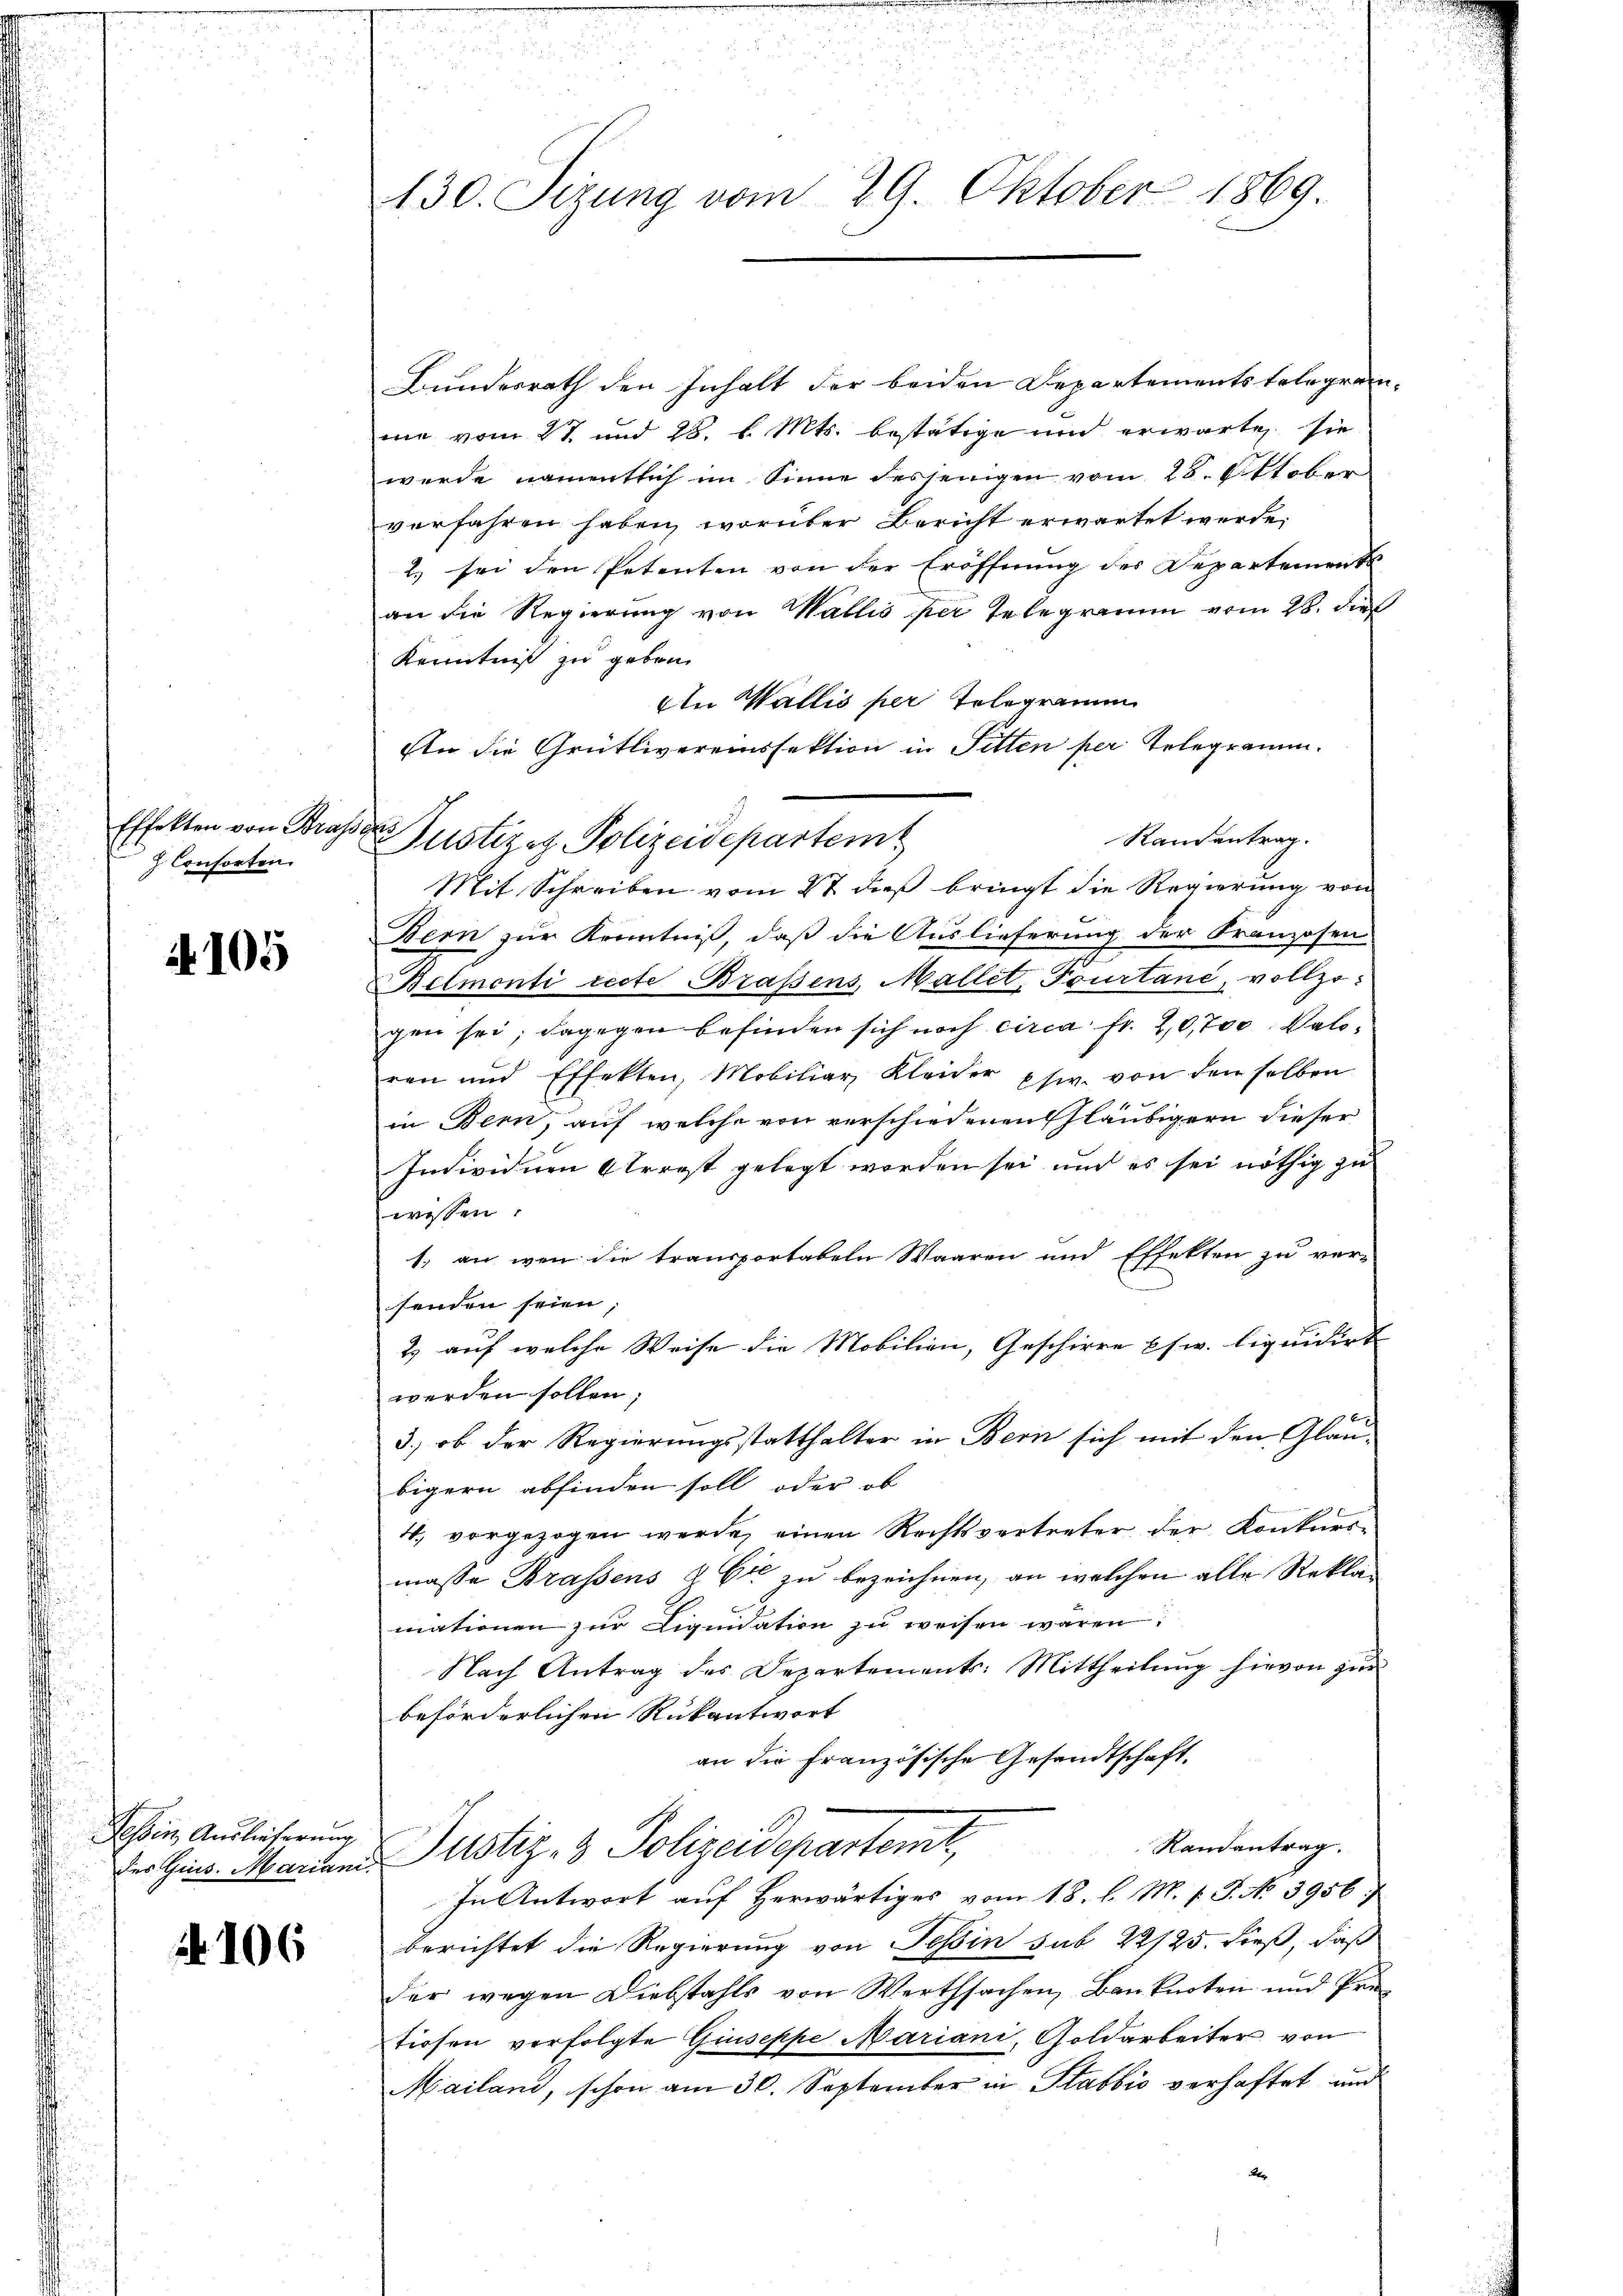
Effekten von Bras.
 Consorten.

A 105

Tessin Auslieferung

106

130. Sizung vom 29. Oktober 1869

Bundesrath den Inhalt der beiden Departementstelegramme vom 27. und 28. d. Mts. bestätige und erwärte sie
wurde namentlich im Sinne desjenigen vom 28. Oktober
verfahren haben, worüber Bericht erwartet werde.
2.) sei den Petenten von der Eröffnung des Departements
an die Regierung von Wallis per Telegramm vom 28. die
Kenntniß zu geben.
An Wallis per Telegramm
En die Grütlivereinssektion in Fetten per Telegramm.
7
Randantrag.
Mit Schreiben vom 27 dieß bringt die Regierung von
Bern zur Kenntniß, daß die Auslieferung der Franzosen-
Belmenti recte Brassens, Mallet, Tourtane, vollzo
gen sei; dagegen befinden sich noch circa Fr. 20,700. Valoren und Effekten, Mobiliar Kleider phw. von den selben
in Bern, auf welche von verschiedenen Gläubigern dieser
Individuen Arrest gelegt worden sei und es sei nöthig zu
wissen.
1. an wen die transportabeln Waaren und Effekten zu ver-
senden seien,
2.) auf welche Weise die Mobilien, Geschirre usw. liquidirt
werden sollen;
B
3.) ob der Regierungsstatthalter in Bern sich mit den Glanbigern abfinden soll oder ob
4. vorgezogen werde, einen Rechtsvertreter der Konkursmasse Brassens & Cie zu bezeichnen, an welchen alle Rekla-
mationen zur Liquidation zu weisen waren.
Nach Antrag des Departements: Mittheilung hievon zur
beförderlichen Rükantwort
an die Französische Gesandtschaft.
Randantrag.
Der Hin. Marten Justiz- & Polizeidepartemt,
In Antwort auf herwärtiges vom 18. l. M. v. J. No 3956.
berichtet die Regierung von Tessin sub 22/25. dieß, daß
der wegen Diebstahls von Werthsachen, Banknoten und Prütiosen verfolgte Giuseppe Mariani, Goldarbeiter von
Mailand, schon am 30. September in Stabbio verhaftet und
Aen

Justizig. Polizeidepartem